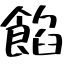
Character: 餡